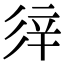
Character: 𨐍